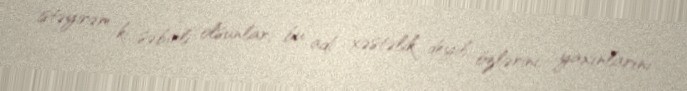
istəyirəm ki, səbirli olsunlar, bu adi xəstəlik deyil, özlərini, yaxınlarını